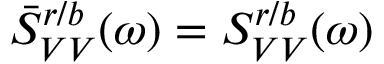
\Bar { S } _ { V V } ^ { r / b } ( \omega ) = S _ { V V } ^ { r / b } ( \omega )